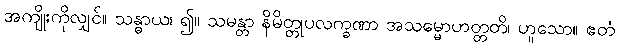
အကျိုးကိုလျှင်။ သန္ဓာယ၊ ၍။ သမန္တာ နိမိတ္တုပလက္ခဏာ အသမ္မောဟတ္တတိ၊ ဟူသော။ ဧတံ